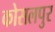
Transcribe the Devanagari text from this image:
कोसलपुर